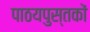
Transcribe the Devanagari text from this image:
पाठयपुस्तकों